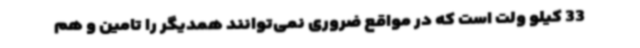
33 کیلو ولت است که در مواقع ضروری نمی‌توانند همدیگر را تامین و هم